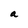
Character: a